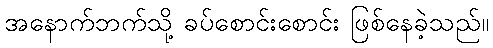
အနောက်ဘက်သို့ ခပ်စောင်းစောင်း ဖြစ်နေခဲ့သည်။